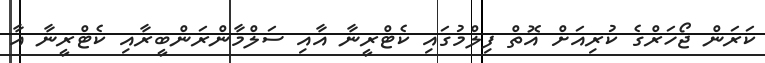
ކަރަން ޖޯހަރްގެ ކުރިއަށް އޮތް ފިލްމުގައި ކެޓްރީނާ އާއި ސަލްމާންރަންބީރާއި ކެޓްރީނާ އާ